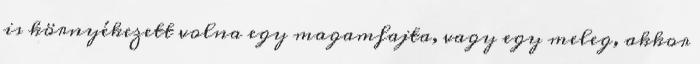
is környékezett volna egy magamfajta, vagy egy meleg, akkor